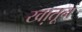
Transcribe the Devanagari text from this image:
खा़तून